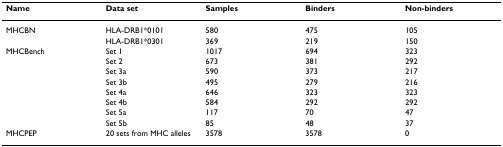
<table><thead><tr><td><b>Name</b></td><td><b>Data set</b></td><td><b>Samples</b></td><td><b>Binders</b></td><td><b>Non-binders</b></td></tr></thead><tbody><tr><td>MHCBN</td><td>HLA-DRB1*0101</td><td>580</td><td>475</td><td>105</td></tr><tr><td></td><td>HLA-DRB1*0301</td><td>369</td><td>219</td><td>150</td></tr><tr><td>MHCBench</td><td>Set 1</td><td>1017</td><td>694</td><td>323</td></tr><tr><td></td><td>Set 2</td><td>673</td><td>381</td><td>292</td></tr><tr><td></td><td>Set 3a</td><td>590</td><td>373</td><td>217</td></tr><tr><td></td><td>Set 3b</td><td>495</td><td>279</td><td>216</td></tr><tr><td></td><td>Set 4a</td><td>646</td><td>323</td><td>323</td></tr><tr><td></td><td>Set 4b</td><td>584</td><td>292</td><td>292</td></tr><tr><td></td><td>Set 5a</td><td>117</td><td>70</td><td>47</td></tr><tr><td></td><td>Set 5b</td><td>85</td><td>48</td><td>37</td></tr><tr><td>MHCPEP</td><td>20 sets from MHC alleles</td><td>3578</td><td>3578</td><td>0</td></tr></tbody></table>